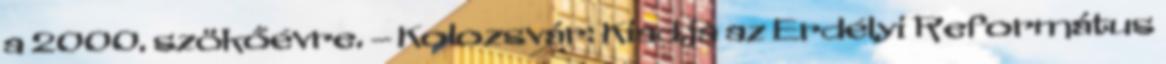
a 2000. szökőévre. – Kolozsvár: Kiadja az Erdélyi Református